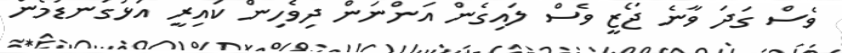
ވެސް ގަދަ ވާނެ ޖޯޒީ ވެސް ލައިގެން އަންނަން ދިވެހިން ކައިރީ އަޅުގަނޑުމެން